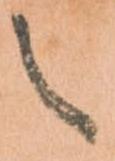
之